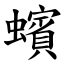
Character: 蠙